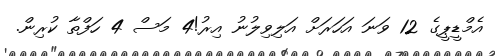
އެމްޑީޕީގެ 12 ވަނަ އަހަރަށް އަލިވިލުނު އިރު!4 މަސް 4 ހަފްތާ ކުރިން.